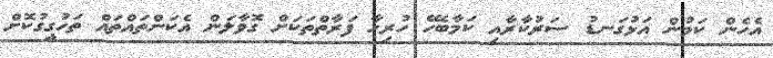
އެހެން ކަމުން އަޅުގަނޑު ސަރުކާރާއި ކަމާބެހޭ ހުރިހާ ފަރާތްތަކަށް ގޮވާލަން އެކަންތައްތައް ތަހުގީގުކޮށް